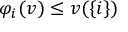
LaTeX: \varphi _ { i } ( v ) \leq v ( \{ i \} )